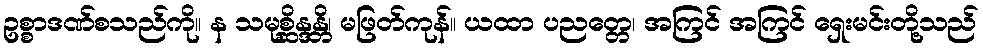
ဥစ္စာဒဏ်စသည်ကို။ န သမုစ္ဆိန္ဒန္တိ၊ မဖြတ်ကုန်။ ယထာ ပညတ္တေ၊ အကြင် အကြင် ရှေးမင်းတို့သည်